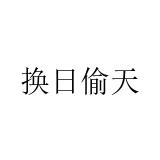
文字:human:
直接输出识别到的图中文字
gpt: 换日偷天